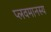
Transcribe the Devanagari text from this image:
प्लवमानस्य